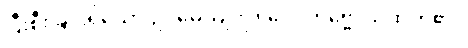
ပြီးစီးခြင်းရှိသော ဥပမေယျကို။ ဝေဒိတဗ္ဗေ၊ သိထိုက်၏။